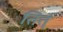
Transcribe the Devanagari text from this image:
तित्